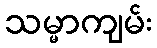
သမ္မာကျမ်း